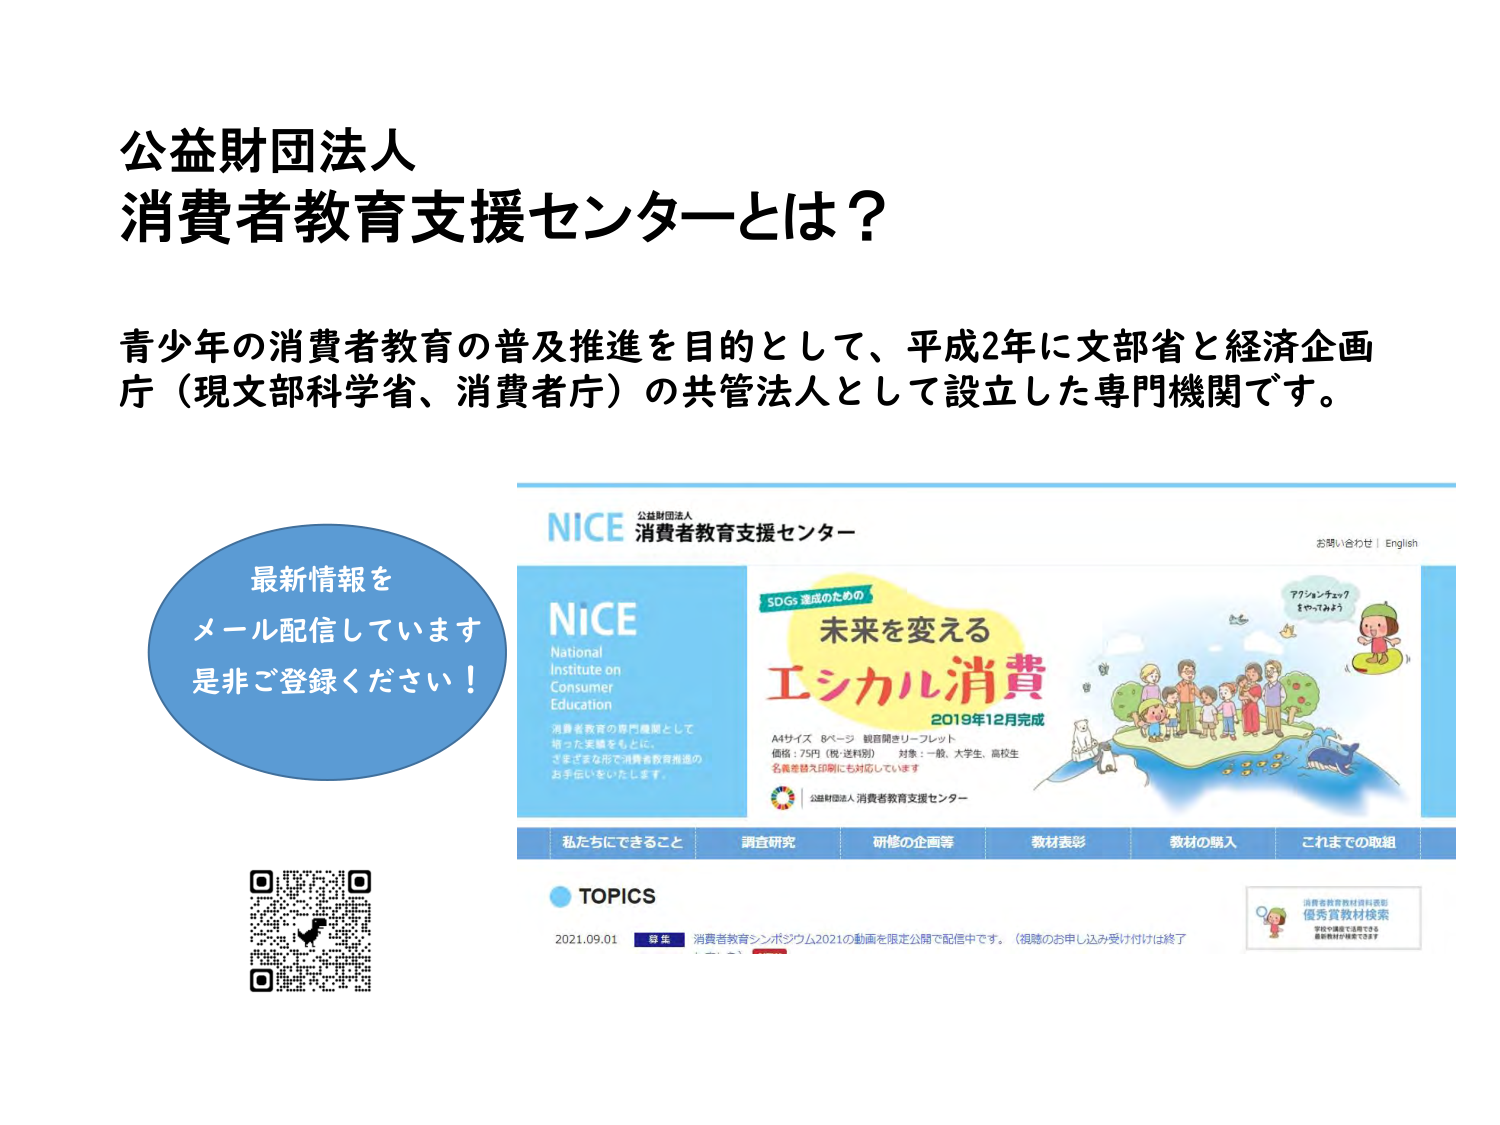
公益財団法人
消費者教育支援センターとは？

青少年の消費者教育の普及推進を目的として、平成2年に文部省と経済企画庁（現文部科学省、消費者庁）の共管法人として設立した専門機関です。

最新情報を
メール配信しています
是非ご登録ください！

NICE
公益財団法人
消費者教育支援センター

お問い合わせ | English

NICE
National
Institute on
Consumer
Education

消費者教育の専門機関として
培った実績をもとに、
さまざまな形で消費者教育推進の
お手伝いをいたします。

SDGs達成のための
未来を変える
エシカル消費
2019年12月完成

A4サイズ 8ページ 観音開きリーフレット
価格：75円（税・送料別） 対象：一般、大学生、高校生
名義推奨先印刷にも対応しています

公益財団法人 消費者教育支援センター

私たちにできること
調査研究
研修の企画等
教材表彰
教材の購入
これまでの取組

TOPICS
2021.09.01 毎年 消費者教育シンポジウム2021の動画を限定公開で配信中です。（視聴のお申し込み受付けは終了しました）

アリソンちゃん？
きやってみよう

消費者教育教材資料表彰
優秀教材検索
学校や地域で活用できる
最新教材が検索できます